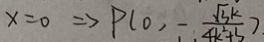
x = 0 \Rightarrow P ( 0 , - \frac { \sqrt { 3 } k } { 4 k ^ { 2 } + 3 } ) .